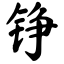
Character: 铮